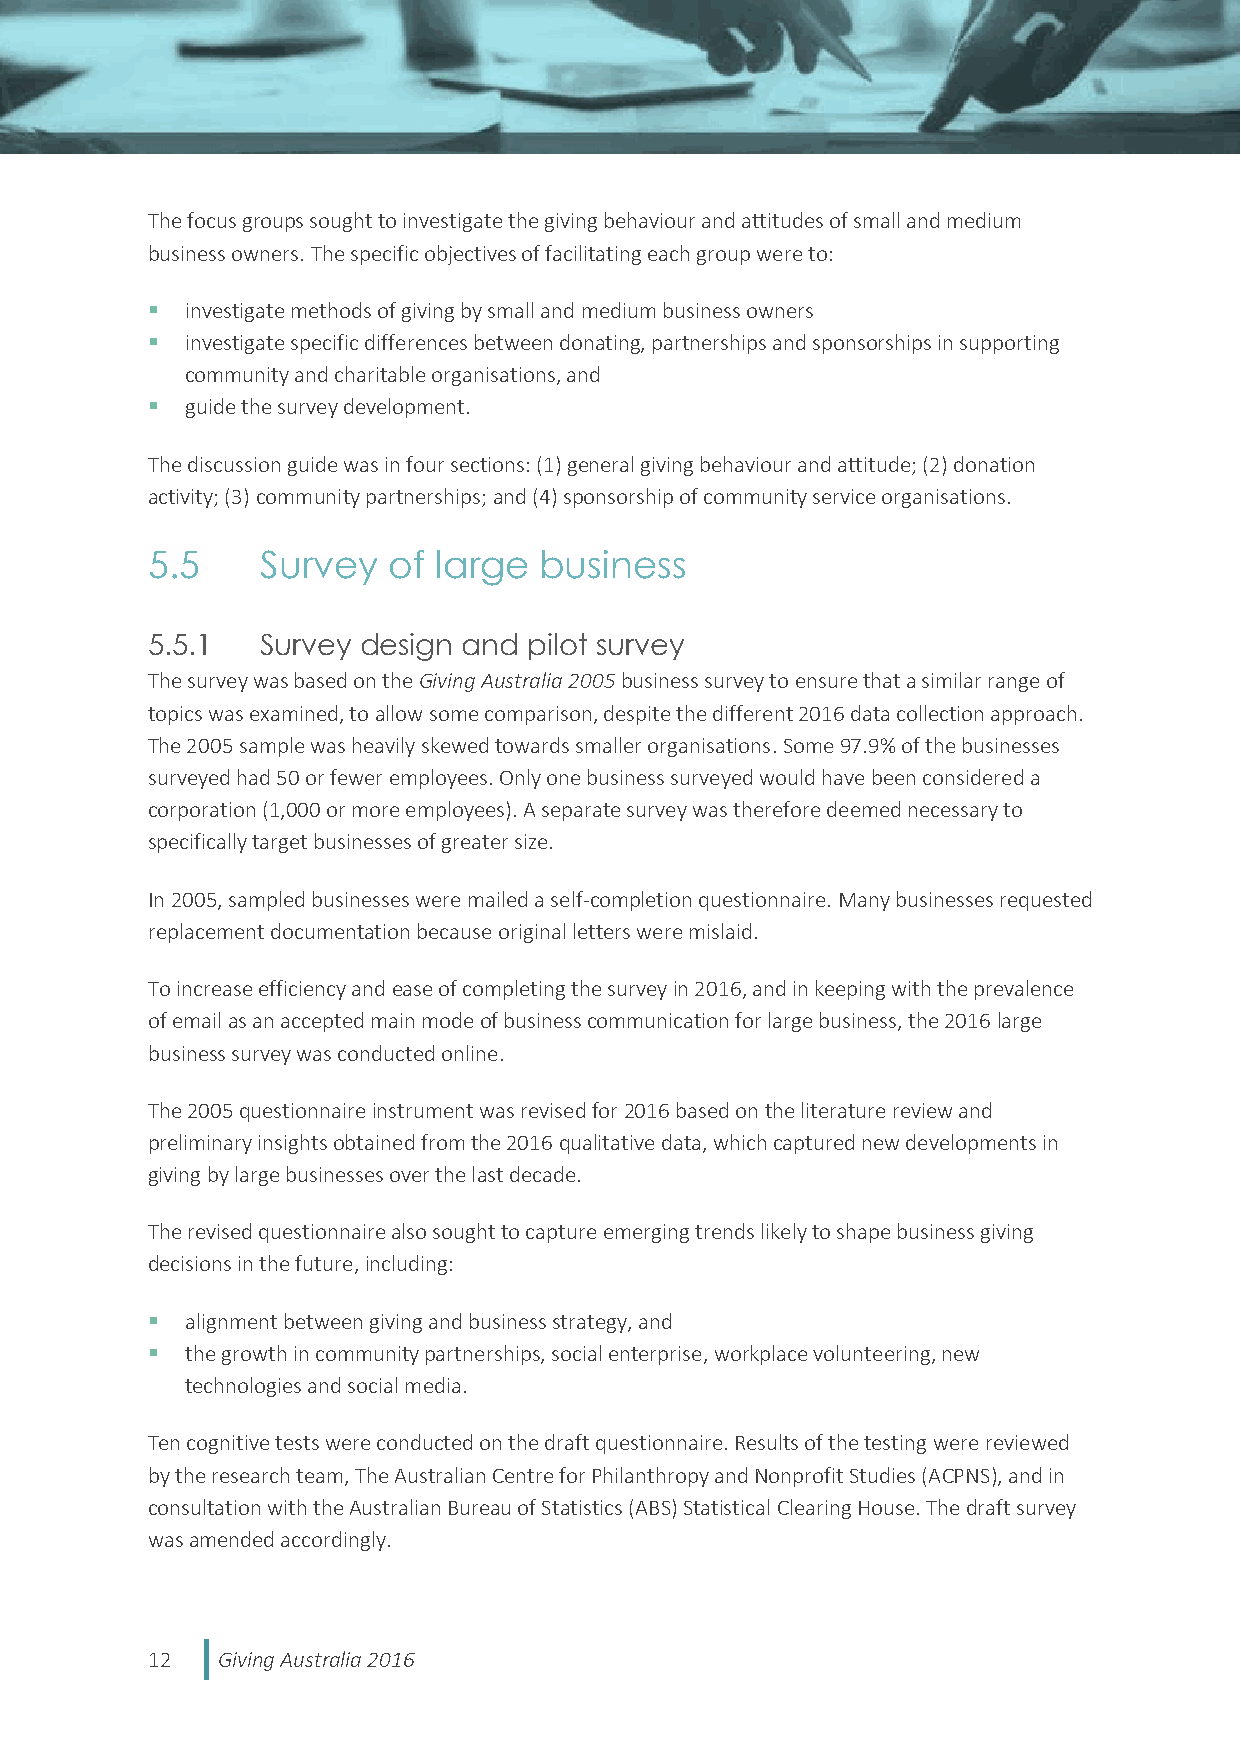
The focus groups sought to investigate the giving behaviour and attitudes of small and medium
 business owners. The specific objectives of facilitating each group were to:
  investigate methods of giving by small and medium business owners
  investigate specific differences between donating, partnerships and sponsorships in supporting
 community and charitable organisations, and
  guide the survey development.
 The discussion guide was in four sections: (1) general giving behaviour and attitude; (2) donation
 activity; (3) community partnerships; and (4) sponsorship of community service organisations.
 5.5    Survey   of large  business
 5.5.1  Survey design and pilot survey
 The survey was based on the Giving Australia 2005 business survey to ensure that a similar range of
 topics was examined, to allow some comparison, despite the different 2016 data collection approach.
 The 2005 sample was heavily skewed towards smaller organisations. Some 97.9% of the businesses
 surveyed had 50 or fewer employees. Only one business surveyed would have been considered a
 corporation (1,000 or more employees). A separate survey was therefore deemed necessary to
 specifically target businesses of greater size.
 In 2005, sampled businesses were mailed a self-completion questionnaire. Many businesses requested
 replacement documentation because original letters were mislaid.
 To increase efficiency and ease of completing the survey in 2016, and in keeping with the prevalence
 of email as an accepted main mode of business communication for large business, the 2016 large
 business survey was conducted online.
 The 2005 questionnaire instrument was revised for 2016 based on the literature review and
 preliminary insights obtained from the 2016 qualitative data, which captured new developments in
 giving by large businesses over the last decade.
 The revised questionnaire also sought to capture emerging trends likely to shape business giving
 decisions in the future, including:
  alignment between giving and business strategy, and
  the growth in community partnerships, social enterprise, workplace volunteering, new
 technologies and social media.
 Ten cognitive tests were conducted on the draft questionnaire. Results of the testing were reviewed
 by the research team, The Australian Centre for Philanthropy and Nonprofit Studies (ACPNS), and in
 consultation with the Australian Bureau of Statistics (ABS) Statistical Clearing House. The draft survey
 was amended accordingly.
 12  Giving Australia 2016